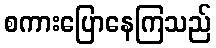
စကားပြောနေကြသည်